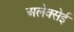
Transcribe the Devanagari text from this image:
अलेक्सेई